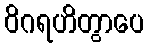
ဝိဂရဟိတွာပေ